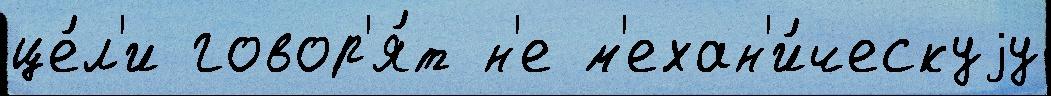
це́л'и говор'я́т н'е м'ехан'и́ческуjу